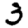
Digit: 3